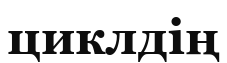
циклдің